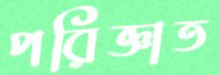
পরিজ্ঞাত